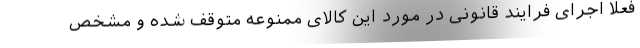
فعلا اجرای فرایند قانونی در مورد این کالای ممنوعه متوقف شده و مشخص